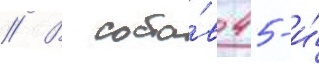
// В соста́в 45-и́